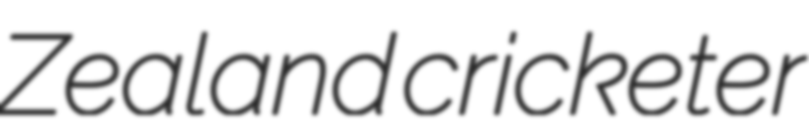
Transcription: Zealand cricketer